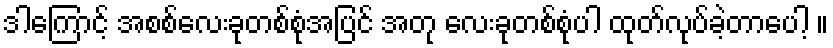
ဒါကြောင့် အစစ်လေးခုတစ်စုံအပြင် အတု လေးခုတစ်စုံပါ ထုတ်လုပ်ခဲ့တာပေါ့ ။